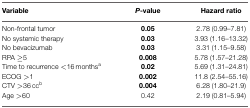
| Variable | P-value | Hazard ratio |
 | --- | --- | --- |
 | Non-frontal tumor | 0.05 | 2.78 (0.99–7.81) |
 | No systemic therapy | 0.03 | 3.93 (1.16–13.32) |
 | No bevacizumab | 0.03 | 3.31 (1.15–9.58) |
 | RPA ≥5 | 0.008 | 5.78 (1.57–21.28) |
 | Time to recurrence <16 monthsa | 0.02 | 5.69 (1.31–24.81) |
 | ECOG >1 | 0.002 | 11.8 (2.54–55.16) |
 | CTV >36 ccb | 0.004 | 6.28 (1.80–21.9) |
 | Age >60 | 0.42 | 2.19 (0.81–5.94) |